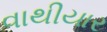
વાથીયાર